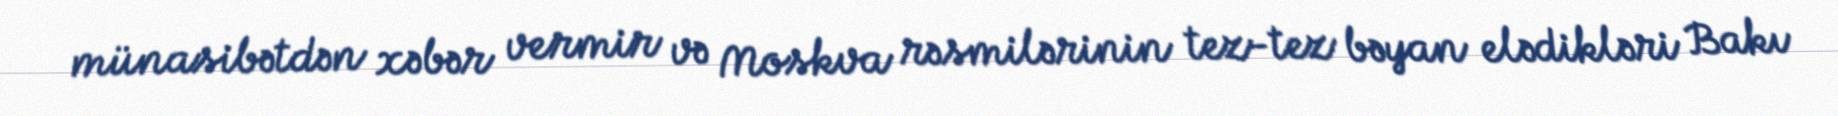
münasibətdən xəbər vermir və Moskva rəsmilərinin tez-tez bəyan elədikləri Bakı